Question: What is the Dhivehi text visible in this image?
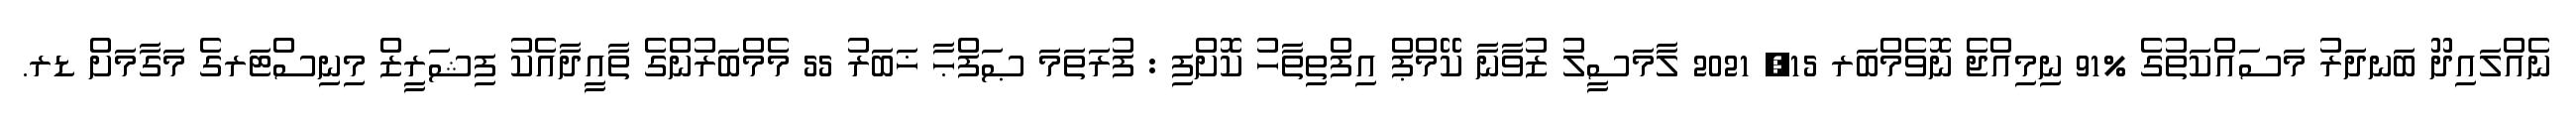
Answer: ނެއްލައިދޫ ބަނދަރު މަސައްކަތުގެ %91 ނިމިއްޖެ ނޮވެމްބަރ 15, 2021 ލާމަސީލު ޒުވާނާ ކޭމްޕް އިފްތިތާހު ކޮށްފި : ފުރަތަމަ ޞަފްޙާ ޚަބަރު 55 މެމްބަރުންގެ ތާއީދާއެކު ފިޝަރީޒް މިނިސްޓަރގެ މަގާމަށް ޑރ.